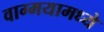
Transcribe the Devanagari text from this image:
वाग्मयामध्ये